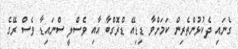
ގެނައި ދެކުޅުންތެރިން ކަމަށްވާ ޑިޑިއޭ ޑްރޮގްބާ އާއި ވެސްލީ ސްނައިޑާ ވެސް ރޭގެ